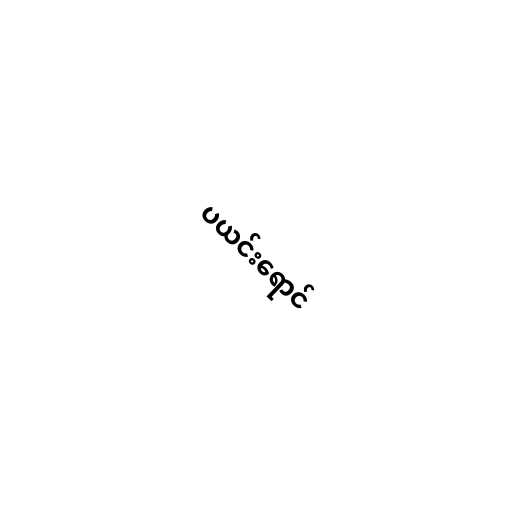
ပယင်းရောင်